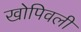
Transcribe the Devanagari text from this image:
खोपिवली